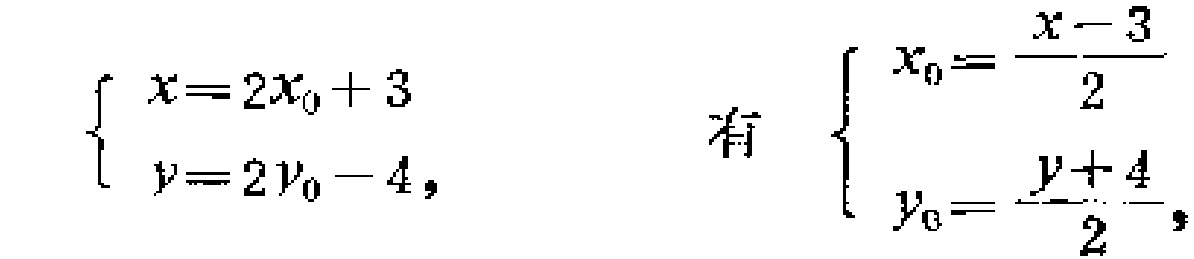
\(\left\{\begin{array}{l}x = 2x_0+3\\y = 2y_0 - 4,\end{array}\right.\) 有 \(\left\{\begin{array}{l}x_0=\dfrac{x - 3}{2}\\y_0=\dfrac{y + 4}{2},\end{array}\right.\)